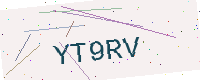
Text: YT9RV